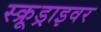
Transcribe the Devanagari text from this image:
स्क्रूड्राइवर